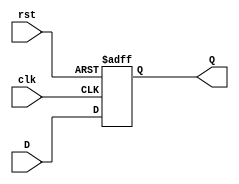
`timescale 1ns / 1ps
//////////////////////////////////////////////////////////////////////////////////
// Company: 
// Engineer: 
// 
// Design Name: 
// Module Name: DFF
// Project Name: 
// Target Devices: 
// Tool Versions: 
// Description: 
// 
// Dependencies: 
// 
// Revision:
// Revision 0.01 - File Created
// Additional Comments:
// 
//////////////////////////////////////////////////////////////////////////////////


module DFF(input clk, input rst, input D, output reg Q);
always @ (posedge clk or posedge rst)
if (rst) begin
Q <= 1'b0;
end else begin
Q <= D;
end 
endmodule